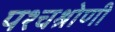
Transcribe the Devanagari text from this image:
पश्चश्रोणी